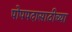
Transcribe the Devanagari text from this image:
पोपपदासाठीच्या